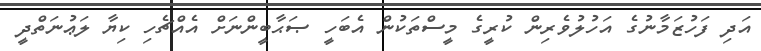
އަދި ފަހުޒަމާނުގެ އަހުލުވެރިން ކުރީގެ މީސްތަކުން އެބަހީ ޞަޙާބީންނަށް އެއްޗެހި ކިޔާ ލަޢުނަތްދީ